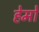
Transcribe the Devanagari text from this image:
हेमो